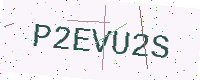
Text: P2EVU2S